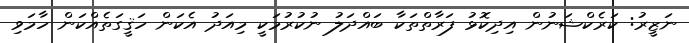
ނަޒީރު: ކަރެކްޝަނުން އިދިކޮޅު ފަރާތްތަކާ ބައްދަލު ނުކުރުމަކީ މިއަދު އެކަން ހަޤީގަތެއްކަން ހާމަވި